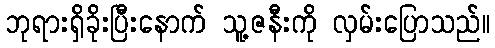
ဘုရားရှိခိုးပြီးနောက် သူ့ဇနီးကို လှမ်းပြောသည်။